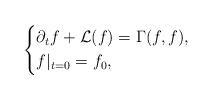
\begin{align*}\left\{\begin{aligned} &\partial_t f+\mathcal{L}(f)=\Gamma(f,f),\\ &f|_{t=0}=f_0,\end{aligned}\right.\end{align*}